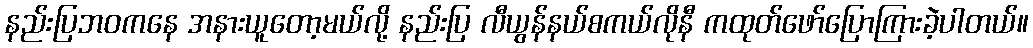
နည်းပြဘဝကနေ အနားယူတော့မယ်လို့ နည်းပြ လီယွန်နယ်စကယ်လိုနီ ကထုတ်ဖော်ပြောကြားခဲ့ပါတယ်။